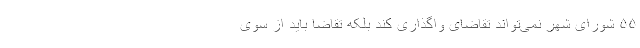
۵۵ شورای شهر نمی‌تواند تقاضای واگذاری کند بلکه تقاضا باید از سوی